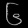
Digit: ၆